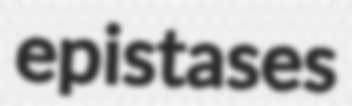
epistases